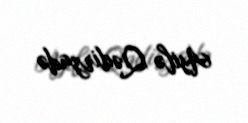
Asilə Qədirzadə